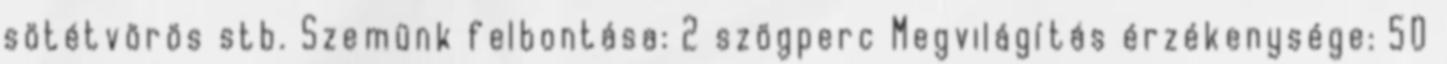
sötétvörös stb. Szemünk felbontása: 2 szögperc Megvilágítás érzékenysége: 50